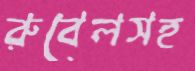
রুবেলসহ